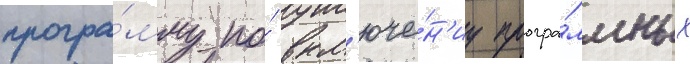
програ́мму по́ вкл'юче́н'иу програ́ммных